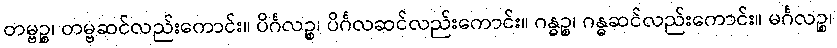
တမ္ဗဉ္စ၊ တမ္ဗဆင်လည်းကောင်း။ ပိင်္ဂလဉ္စ၊ ပိင်္ဂလဆင်လည်းကောင်း။ ဂန္ဓဉ္စ၊ ဂန္ဓဆင်လည်းကောင်း။ မင်္ဂလဉ္စ၊